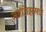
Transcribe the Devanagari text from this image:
जर्नॅलिझमचे